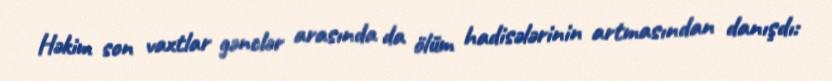
Həkim son vaxtlar gənclər arasında da ölüm hadisələrinin artmasından danışdı: